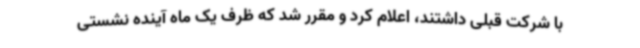
با شرکت قبلی داشتند، اعلام کرد و مقرر شد که ظرف یک ماه آینده نشستی